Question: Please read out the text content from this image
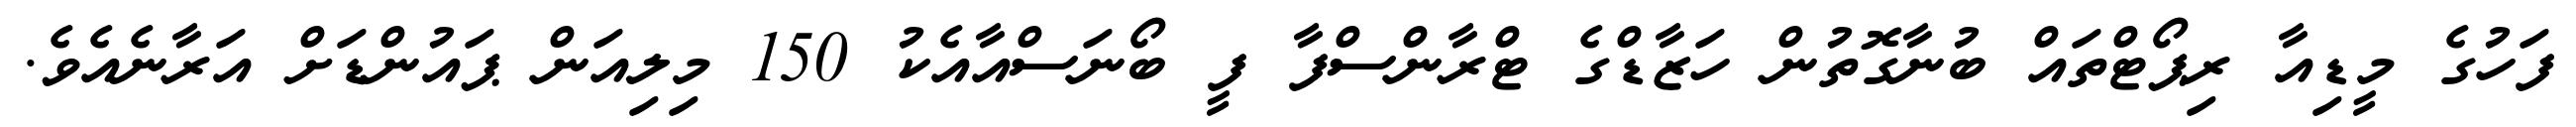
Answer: ފަހުގެ މީޑިއާ ރިޕޯޓްތައް ބުނާގޮތުން ހަޒާޑްގެ ޓްރާންސްފާ ފީ ބޯނަސްއާއެކު 150 މިލިއަން ޕައުންޑަށް އަރާނެއެވެ.